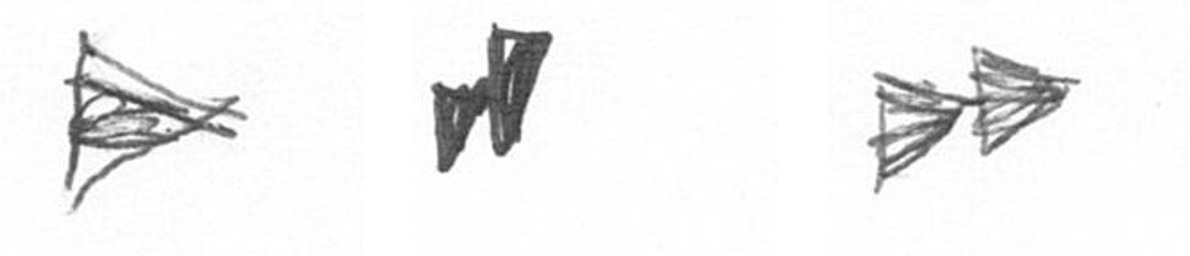
T M A